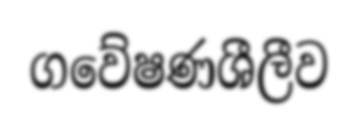
ගවේෂණශීලීව